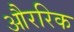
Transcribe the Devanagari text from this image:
औररिक